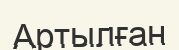
Артылған